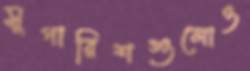
সুপারিশগুলোও